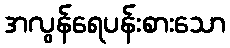
အလွန်ရေပန်းစားသော